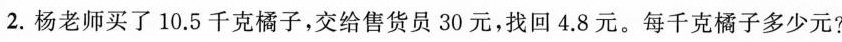
2.杨老师买了10.5千克橘子，交给售货员30元，找回4.8元。每千克橘子多少元?